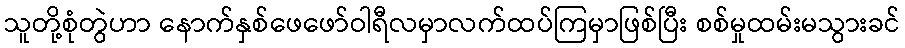
သူတို့စုံတွဲဟာ နောက်နှစ်ဖေဖော်ဝါရီလမှာလက်ထပ်ကြမှာဖြစ်ပြီး စစ်မှုထမ်းမသွားခင်